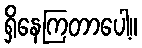
ရှိနေကြတာပေါ့။